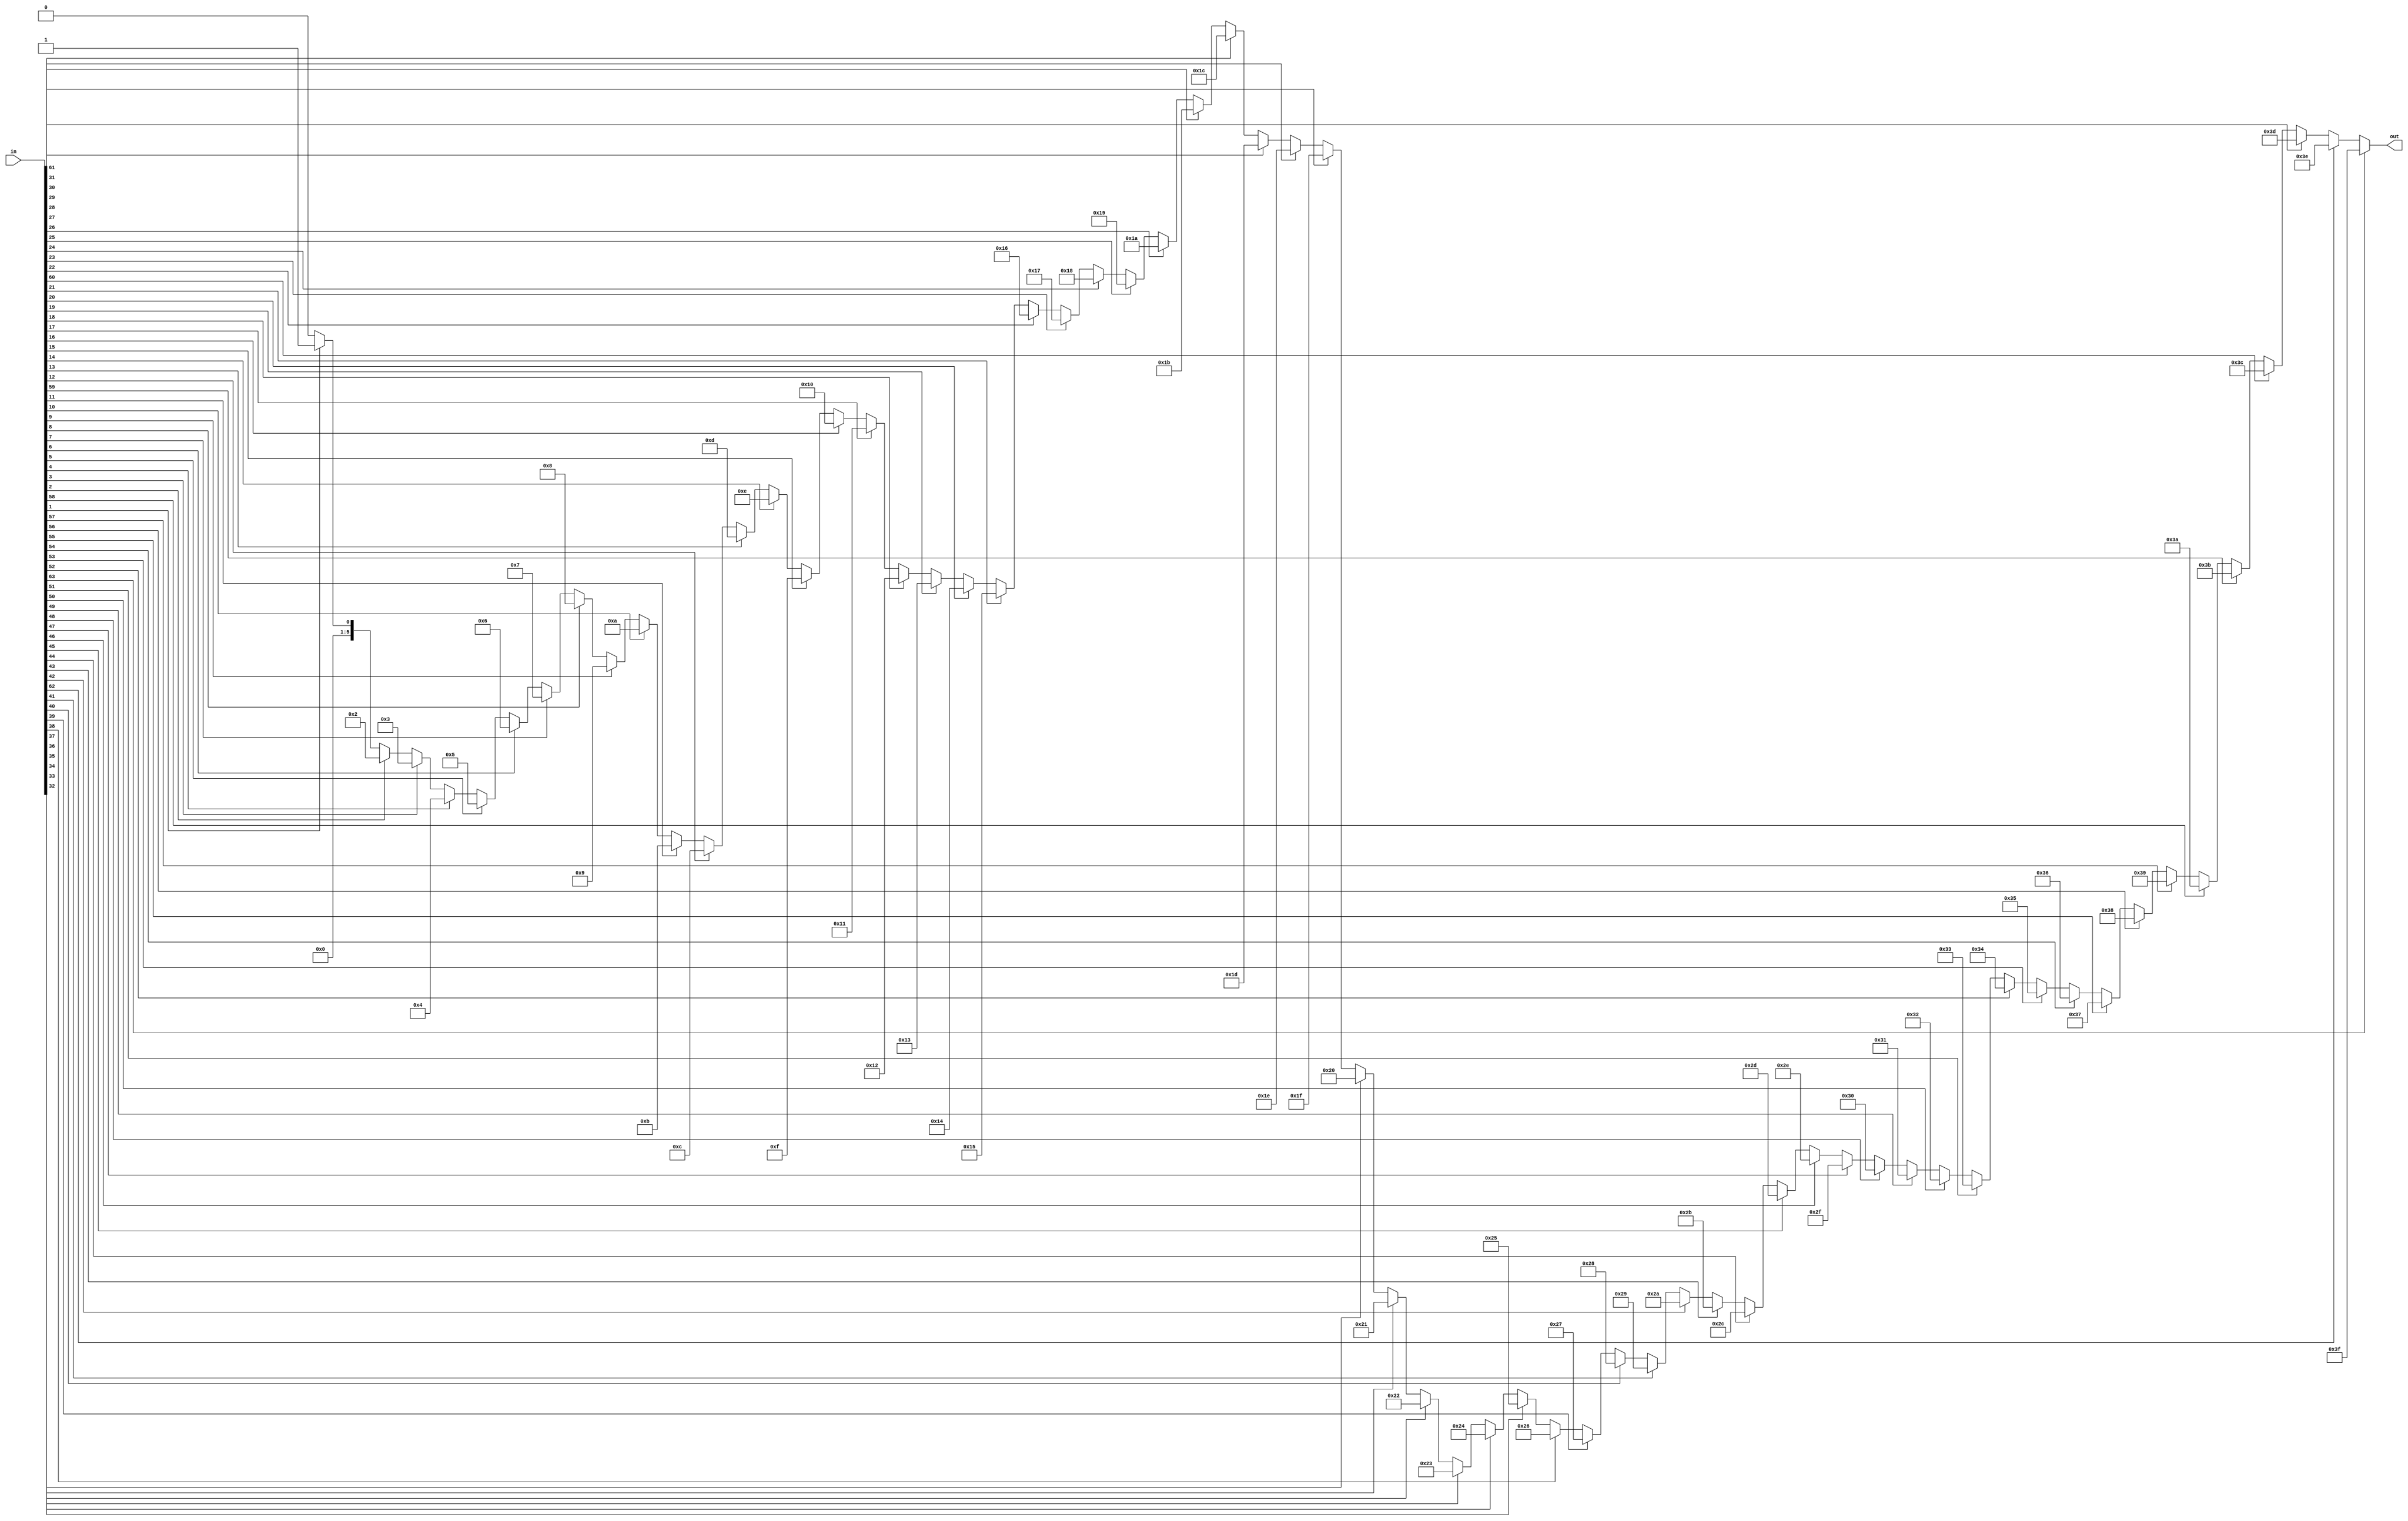
module sparc_tlu_penc64 (/*AUTOARG*/
   // Outputs
   out, 
   // Inputs
   in
   );

   input [63:0] in;

   output [5:0] out;


   reg [5:0] 	out;
   integer 	i;
   
always @ (in)
begin
//
// code modified for verplex to avoid inferred latches
//	     if (in == 64'b0) // don't want a latch
	out = 6'b0;
//	else 
	for (i=0;i<64;i=i+1)
	    begin
	       if (in[i])
		   out[5:0] = i[5:0];
	    end
end
   
endmodule